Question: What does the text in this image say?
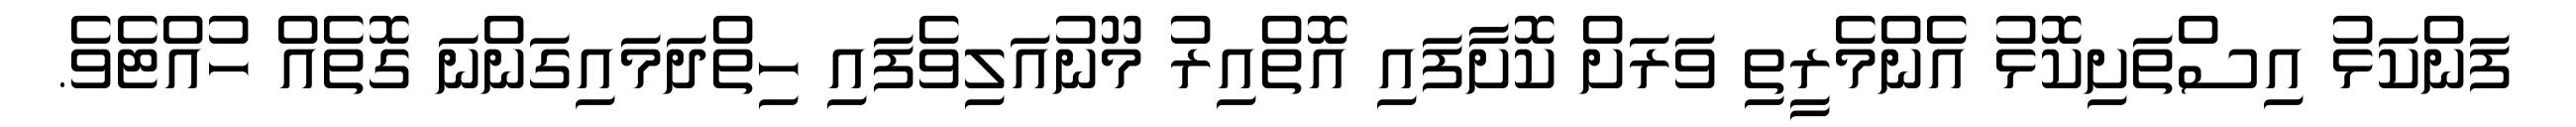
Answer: ފަންކަޅު އިސްތަށިކޮޅު އެންމެރީތި ވަރަށް ކޮށާފައި އޮތްއިރު މޫނުއަލިވެފައި ހިތްދަމައިގަންނަ ގޮތެއް ހުއްޓެވެ.